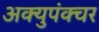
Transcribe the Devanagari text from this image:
अक्युपंक्चर